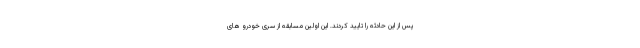
پس از این حادثه را تایید کردند. این اولین مسابقه از سری خودرو های